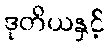
ဒုတိယနှင့်